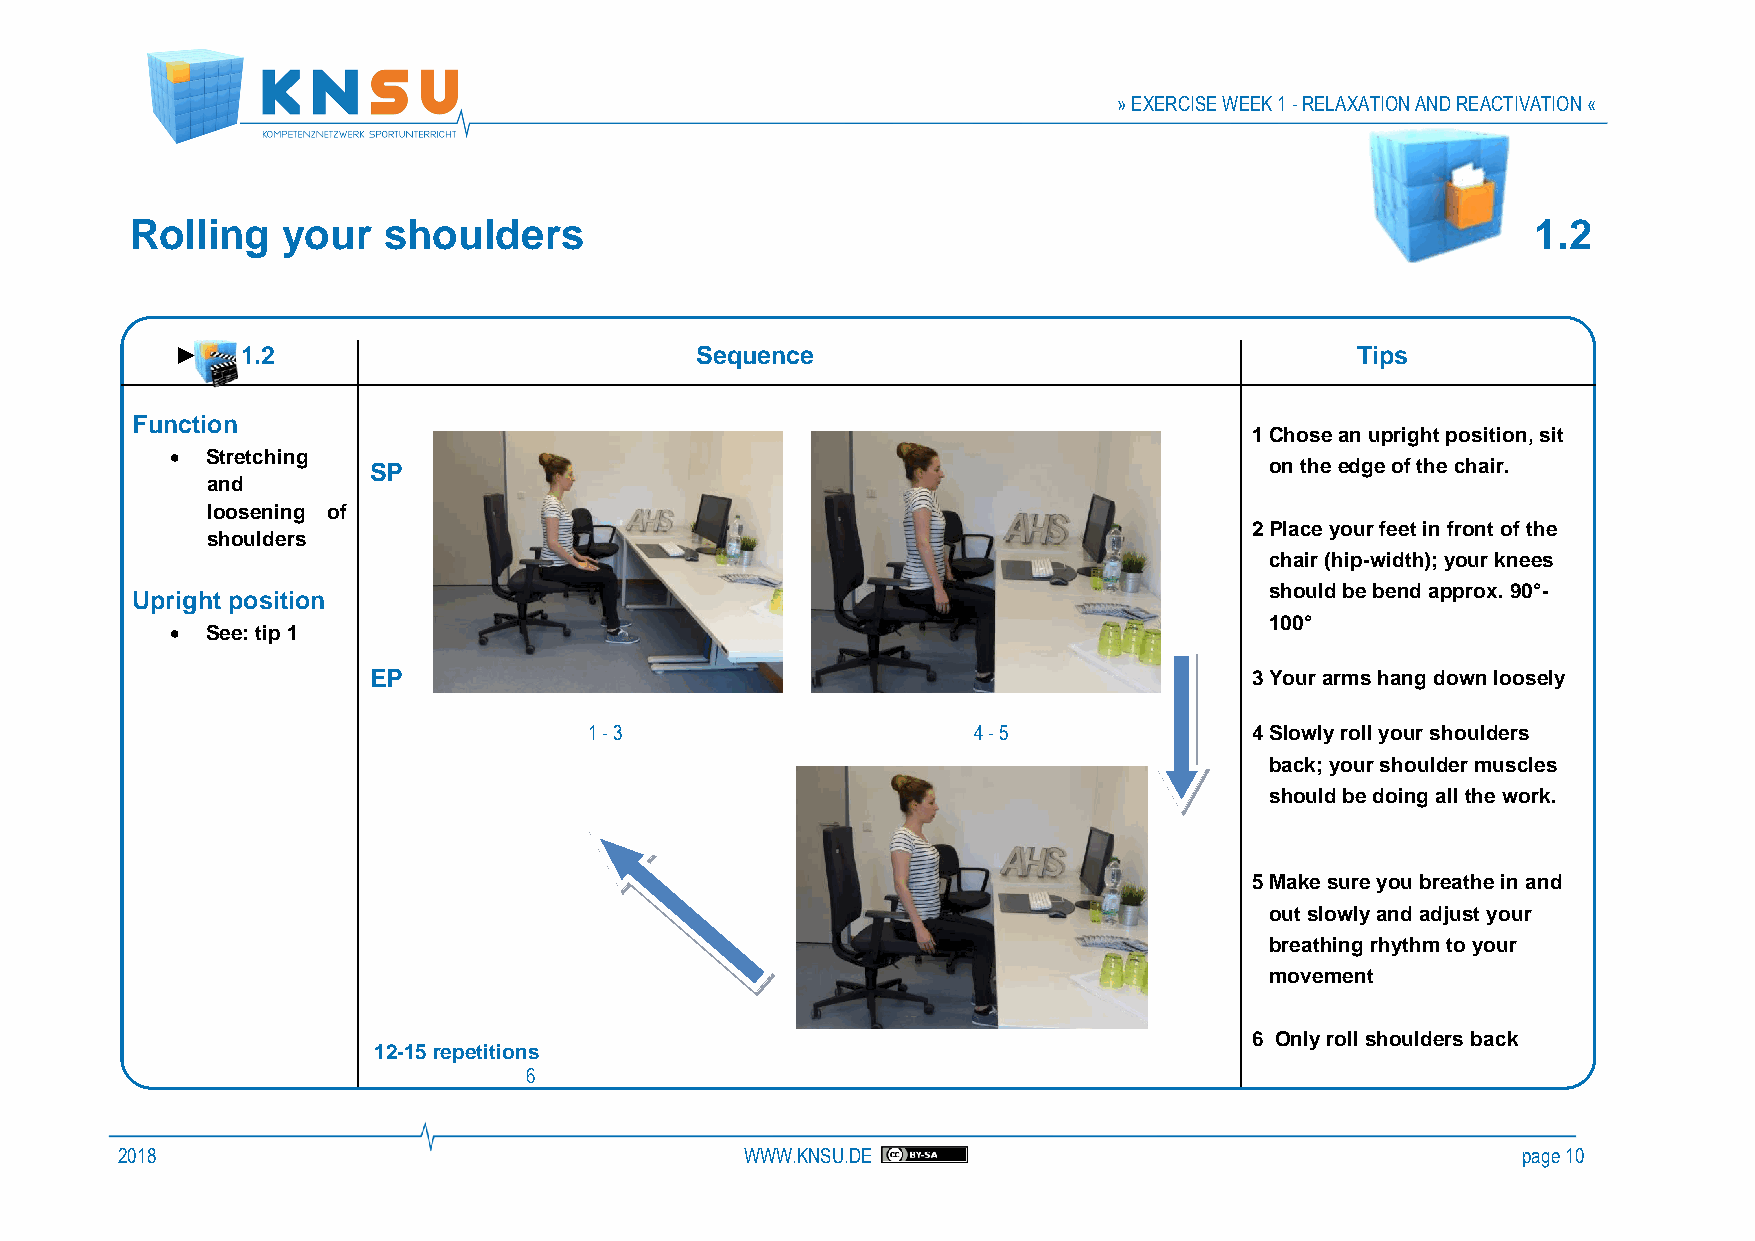
» EXERCISE WEEK 1 - RELAXATION AND REACTIVATION «
 Rolling   your  shoulders                                                                   1.2
 ►   1.2                           S e q u e n c e                             T i p s
 Function
 1 Chose an upright position, sit
 •  Stretching
 SP                                                          on the edge of the chair.
 and
 loosening of
 2 Place your feet in front of the
 shoulders
 chair (hip-width); your knees
 should be bend approx. 90°-
 Upright position
 100°
 •  See: tip 1
 EP                                                         3 Your arms hang down loosely
 1 - 3                    4 - 5              4 S l o w l y r o l l y o u r s h o u l d ers
 back; your shoulder muscles
 should be doing all the work.
 5 Make sure you breathe in and
 out slowly and adjust your
 breathing rhythm to your
 movement
 6 Only roll shoulders back
 12-15 repetitions
 6
 2018                                     WWW.KNSU.DE                                         page 10